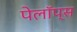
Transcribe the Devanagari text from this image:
पेलॉप्स